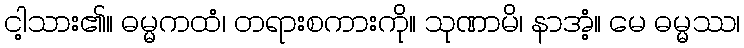
ငါ့သား၏။ ဓမ္မကထံ၊ တရားစကားကို။ သုဏာမိ၊ နာအံ့။ မေ ဓမ္မဿ၊